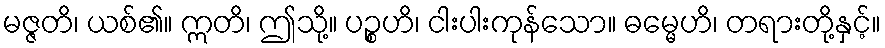
မဇ္ဇတိ၊ ယစ်၏။ ဣတိ၊ ဤသို့။ ပဉ္စဟိ၊ ငါးပါးကုန်သော။ ဓမ္မေဟိ၊ တရားတို့နှင့်။